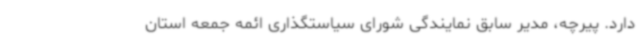
دارد. پیرچه، مدیر سابق نمایندگی شورای سیاستگذاری ائمه‌ جمعه استان